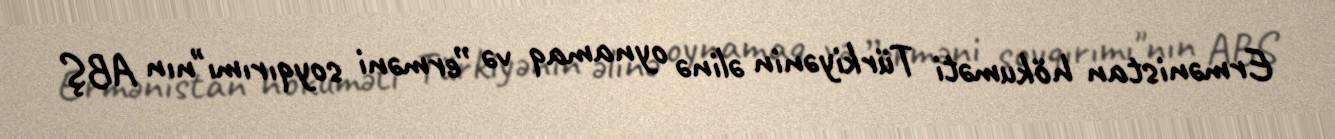
Ermənistan hökuməti Türkiyənin əlinə oynamaq və ”erməni soyqırımı"nın ABŞ